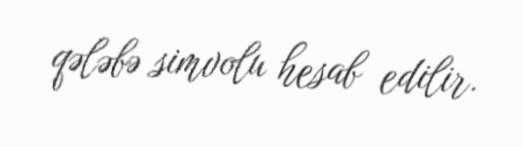
qələbə simvolu hesab edilir.